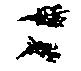
ニ